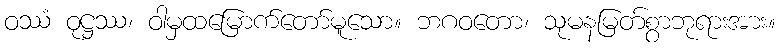
ဝဿံ ဝုဋ္ဌဿ၊ ဝါမှထမြောက်တော်မူသော။ ဘဂဝတော၊ သုမနမြတ်စွာဘုရားအား။